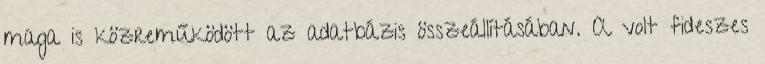
maga is közreműködött az adatbázis összeállításában. A volt fideszes